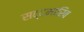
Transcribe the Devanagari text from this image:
सद्दमारिब